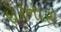
દોરનારો